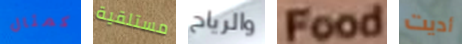
كمثال مستلقية والرياح Food أديت